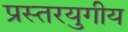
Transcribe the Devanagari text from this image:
प्रस्तरयुगीय